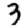
Digit: 3